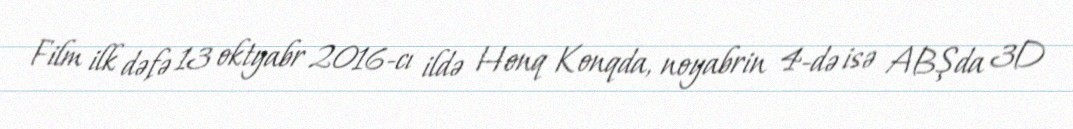
Film ilk dəfə 13 oktyabr 2016-cı ildə Honq Konqda, noyabrin 4-də isə ABŞda 3D